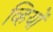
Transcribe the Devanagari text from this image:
व्हियों